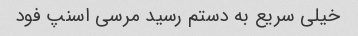
خیلی سریع به دستم رسید مرسی اسنپ فود